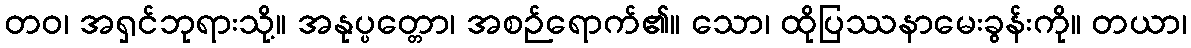
တဝ၊ အရှင်ဘုရားသို့။ အနုပ္ပတ္တော၊ အစဉ်ရောက်၏။ သော၊ ထိုပြဿနာမေးခွန်းကို။ တယာ၊